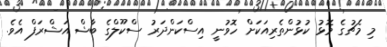
މި މެޗުގެ މޮޅު ކުޅުންތެރިއަކަށް ހޮވުނީ އިސްކަންދަރު ސްކޫލްގެ ބާޝް އަޝްރަފް އެވެ.